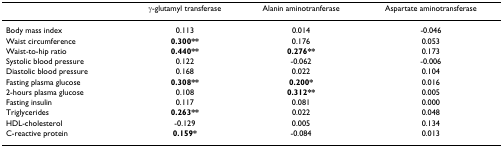
|  | γ-glutamyl transferase | Alanin aminotranferase | Aspartate aminotransferase |
 | --- | --- | --- | --- |
 | Body mass index | 0.113 | 0.014 | -0.046 |
 | Waist circumference | 0.300** | 0.176 | 0.053 |
 | Waist-to-hip ratio | 0.440** | 0.276** | 0.173 |
 | Systolic blood pressure | 0.122 | -0.062 | -0.006 |
 | Diastolic blood pressure | 0.168 | 0.022 | 0.104 |
 | Fasting plasma glucose | 0.308** | 0.200* | 0.016 |
 | 2-hours plasma glucose | 0.108 | 0.312** | 0.005 |
 | Fasting insulin | 0.117 | 0.081 | 0.000 |
 | Triglycerides | 0.263** | 0.022 | 0.048 |
 | HDL-cholesterol | -0.129 | 0.005 | 0.134 |
 | C-reactive protein | 0.159* | -0.084 | 0.013 |